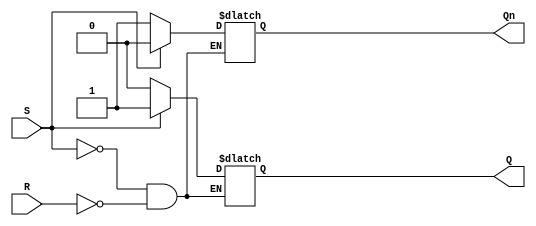
module SR_latch (
    input S,
    input R,
    output reg Q,
    output reg Qn
);

// Initialization
initial begin
    Q <= 1'b0;
    Qn <= 1'b1;
end

// Logic implementation
always @ (S, R)
begin
    if (S)
    begin
        Q <= 1'b1;
        Qn <= 1'b0;
    end
    else if (R)
    begin
        Q <= 1'b0;
        Qn <= 1'b1;
    end
end

endmodule